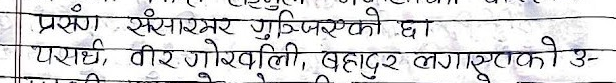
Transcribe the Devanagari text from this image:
प्रसंग संसारभर गुन्जिरहेको छ।
पराधी, वीर गोर्खाली, बहादुर लगाएको उ-